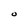
Character: O